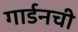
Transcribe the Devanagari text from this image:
गार्डनची